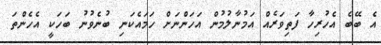
އެ ބޭބެ އެހުރިހާ ފަތިވަރެއް އަމުނާލުމުން އަހަންނަށް ހަމައެކަނި ބުނެވުނު ބަހަކީ އެހެންތަ